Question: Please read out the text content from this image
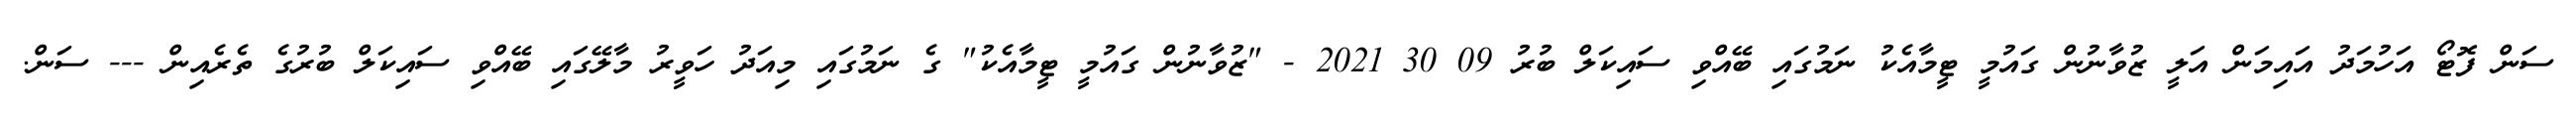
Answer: ސަން ފޮޓޯ އަހުމަދު އައިމަން އަލީ ޒުވާނުން ގައުމީ ޓީމާއެކު ނަމުގައި ބޭއްވި ސައިކަލް ބުރު 09 30 2021 - "ޒުވާނުން ގައުމީ ޓީމާއެކު" ގެ ނަމުގައި މިއަދު ހަވީރު މާލޭގައި ބޭއްވި ސައިކަލް ބުރުގެ ތެރެއިން --- ސަން.